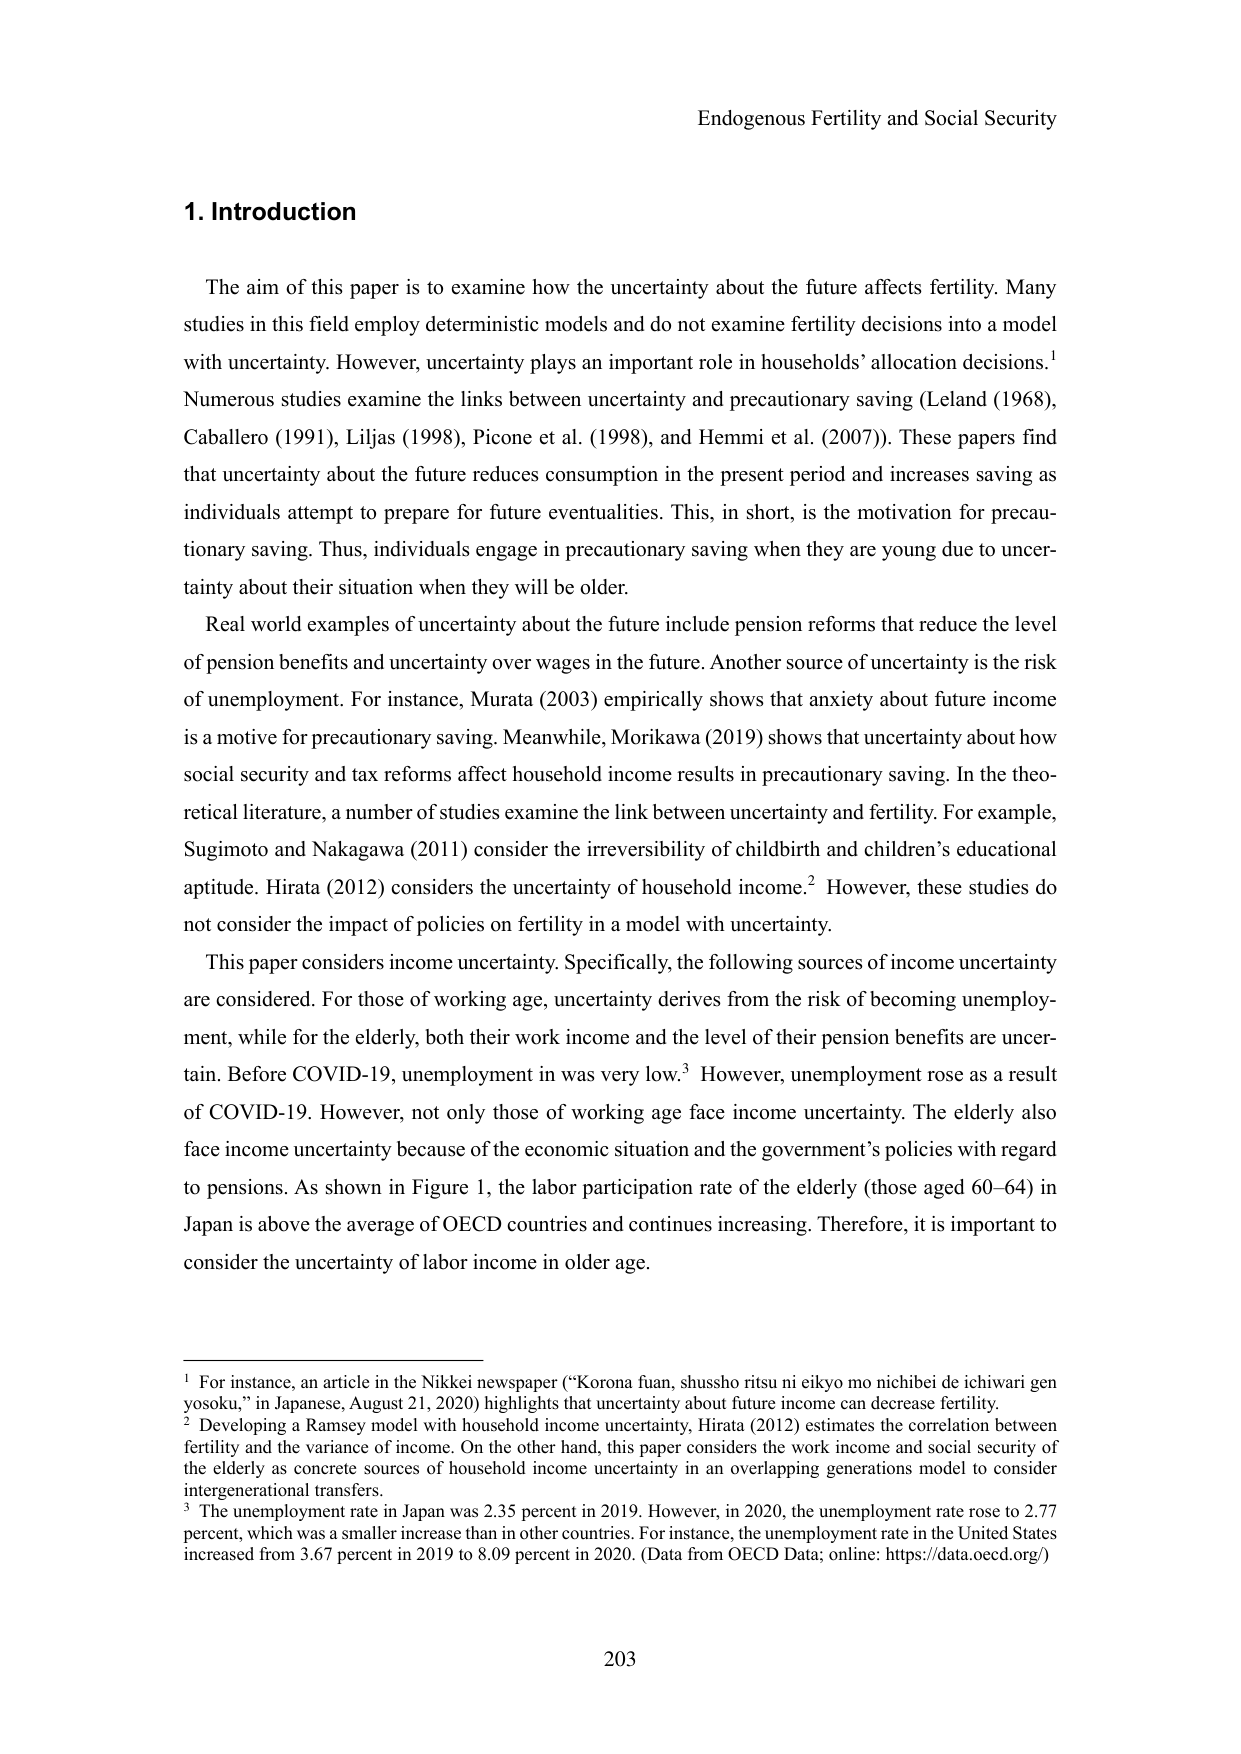
Endogenous Fertility and Social Security

1. Introduction

The aim of this paper is to examine how the uncertainty about the future affects fertility. Many studies in this field employ deterministic models and do not examine fertility decisions into a model with uncertainty. However, uncertainty plays an important role in households’ allocation decisions.¹ Numerous studies examine the links between uncertainty and precautionary saving (Leland (1968), Caballero (1991), Liljas (1998), Picone et al. (1998), and Hemmi et al. (2007)). These papers find that uncertainty about the future reduces consumption in the present period and increases saving as individuals attempt to prepare for future eventualities. This, in short, is the motivation for precautionary saving. Thus, individuals engage in precautionary saving when they are young due to uncertainty about their situation when they will be older.

Real world examples of uncertainty about the future include pension reforms that reduce the level of pension benefits and uncertainty over wages in the future. Another source of uncertainty is the risk of unemployment. For instance, Murata (2003) empirically shows that anxiety about future income is a motive for precautionary saving. Meanwhile, Morikawa (2019) shows that uncertainty about how social security and tax reforms affect household income results in precautionary saving. In the theoretical literature, a number of studies examine the link between uncertainty and fertility. For example, Sugimoto and Nakagawa (2011) consider the irreversibility of childbirth and children’s educational aptitude. Hirata (2012) considers the uncertainty of household income.² However, these studies do not consider the impact of policies on fertility in a model with uncertainty.

This paper considers income uncertainty. Specifically, the following sources of income uncertainty are considered. For those of working age, uncertainty derives from the risk of becoming unemployment, while for the elderly, both their work income and the level of their pension benefits are uncertain. Before COVID-19, unemployment in was very low.³ However, unemployment rose as a result of COVID-19. However, not only those of working age face income uncertainty. The elderly also face income uncertainty because of the economic situation and the government’s policies with regard to pensions. As shown in Figure 1, the labor participation rate of the elderly (those aged 60–64) in Japan is above the average of OECD countries and continues increasing. Therefore, it is important to consider the uncertainty of labor income in older age.

¹ For instance, an article in the Nikkei newspaper (“Korona fuan, shussyo ritsu ni eikyo mo nichibei de ichiwarei gen yosoku,” in Japanese, August 21, 2020) highlights that uncertainty about future income can decrease fertility.
² Developing a Ramsey model with household income uncertainty, Hirata (2012) estimates the correlation between fertility and the variance of income. On the other hand, this paper considers the work income and social security of the elderly as concrete sources of household income uncertainty in an overlapping generations model to consider intergenerational transfers.
³ The unemployment rate in Japan was 2.35 percent in 2019. However, in 2020, the unemployment rate rose to 2.77 percent, which was a smaller increase than in other countries. For instance, the unemployment rate in the United States increased from 3.67 percent in 2019 to 8.09 percent in 2020. (Data from OECD Data; online: https://data.oecd.org/)

203